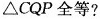
△CQP全等?